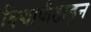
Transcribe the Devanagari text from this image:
विद्यापीठाडून